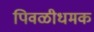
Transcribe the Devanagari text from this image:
पिवळीधमक